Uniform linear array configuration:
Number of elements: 16
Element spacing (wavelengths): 0.25
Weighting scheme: blackman
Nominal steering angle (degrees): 15
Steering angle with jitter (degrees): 14.847
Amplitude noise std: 0.05
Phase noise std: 0.05

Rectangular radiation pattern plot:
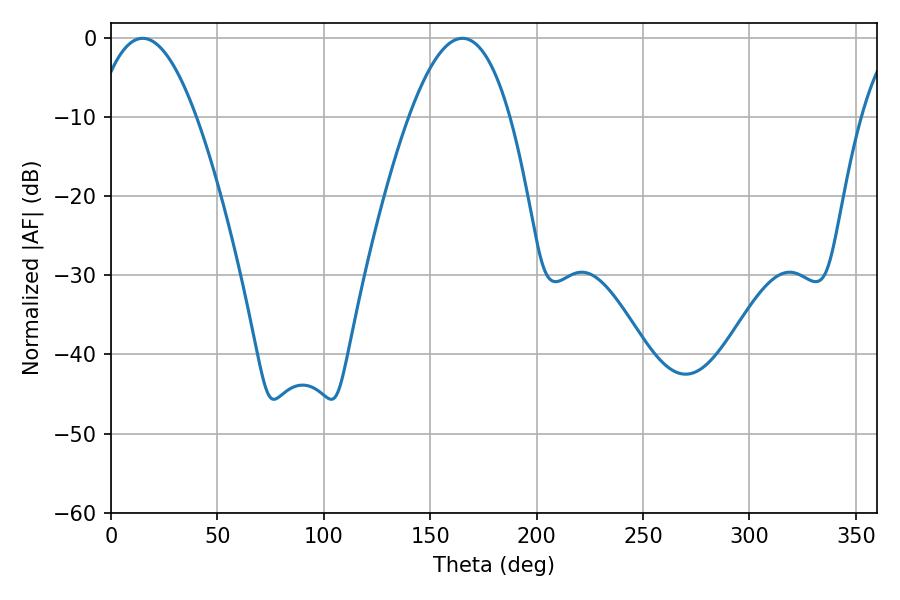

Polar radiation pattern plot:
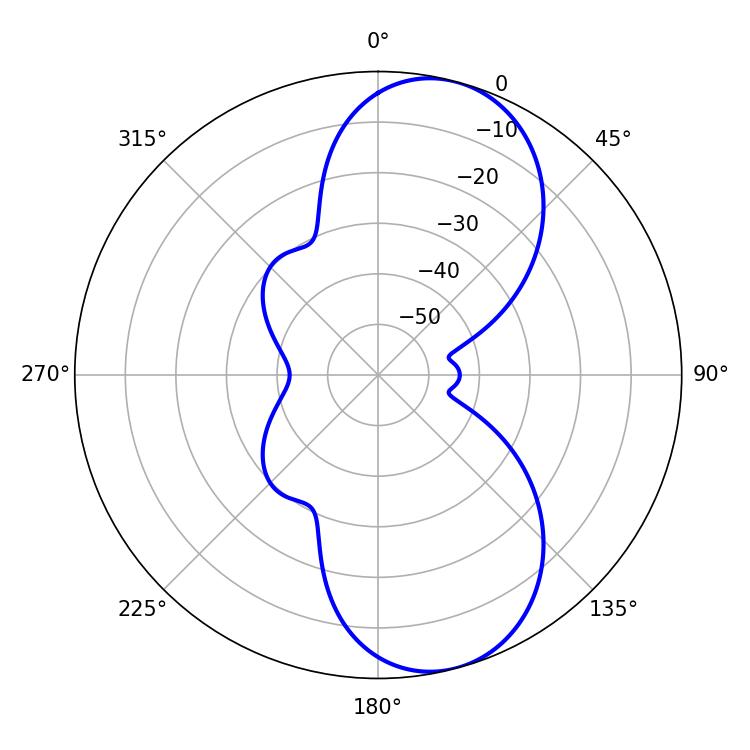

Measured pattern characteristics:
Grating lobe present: FALSE
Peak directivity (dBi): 8.869
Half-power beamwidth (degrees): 25.92
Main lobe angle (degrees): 14.94